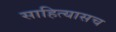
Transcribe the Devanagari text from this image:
साहित्यासच